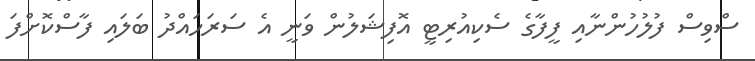
ސްވިސް ފުލުހުންނާއި ފީފާގެ ސެކިއުރިޓީ އޮފިޝަލުން ވަނީ އެ ސަރަހައްދު ބަލައި ފާސްކޮށްފަ